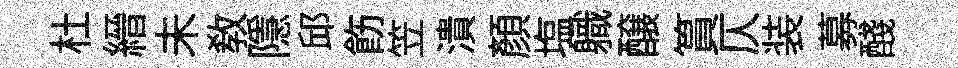
杜縉未敎隱邱飭笠潰顏塩軄醸篔仄装募醆